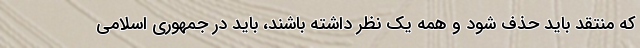
که منتقد باید حذف شود و همه یک نظر داشته باشند، باید در جمهوری اسلامی